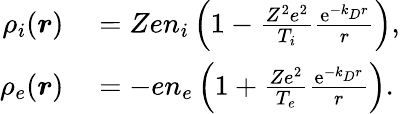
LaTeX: \begin{array}{rl}{\rho_{i}(\boldsymbol{r})}&{{}=Zen_{i}\left(1-\frac{Z^{2}e^{2}}{T_{i}}\frac{\mathrm{e}^{-k_{D}r}}{r}\right),}\\ {\rho_{e}(\boldsymbol{r})}&{{}=-en_{e}\left(1+\frac{Ze^{2}}{T_{e}}\frac{\mathrm{e}^{-k_{D}r}}{r}\right).}\end{array}